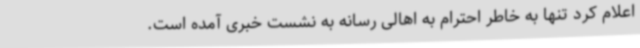
اعلام کرد تنها به خاطر احترام به اهالی رسانه به نشست خبری آمده است.